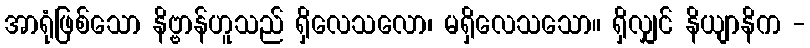
အာရုံဖြစ်သော နိဗ္ဗာန်ဟူသည် ရှိလေသလော၊ မရှိလေသသော။ ရှိလျှင် နိယျာနိက -